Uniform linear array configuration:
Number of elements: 24
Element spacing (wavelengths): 1
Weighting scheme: blackman
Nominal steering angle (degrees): -60
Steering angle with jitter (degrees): -58.725
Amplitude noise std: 0.05
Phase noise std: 0.05

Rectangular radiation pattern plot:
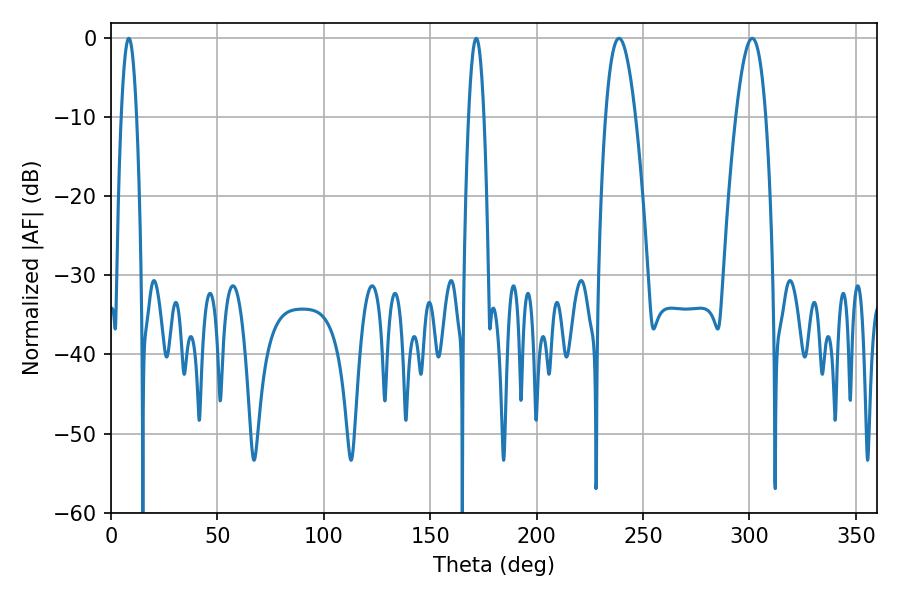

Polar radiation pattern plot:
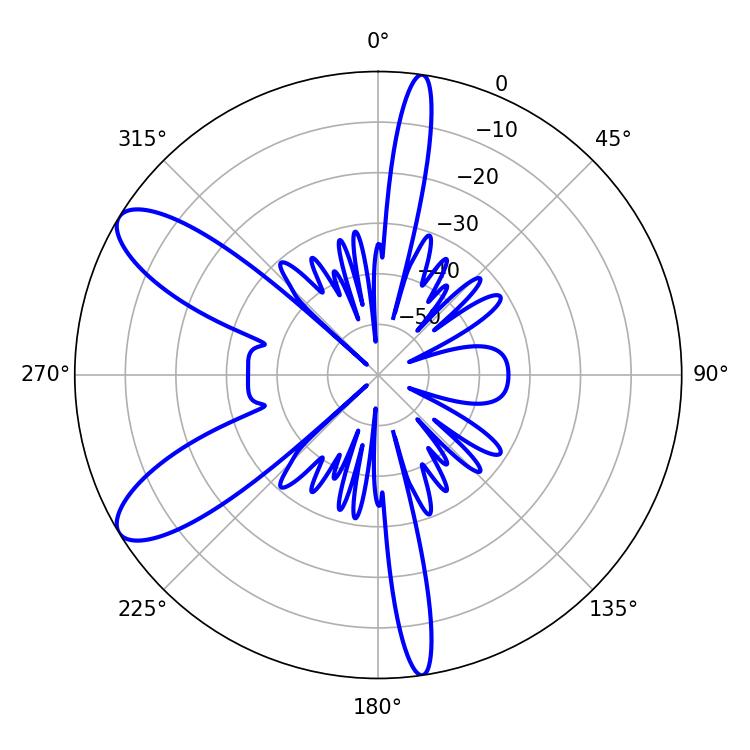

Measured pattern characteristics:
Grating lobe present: TRUE
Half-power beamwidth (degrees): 7.74
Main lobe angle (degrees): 238.68